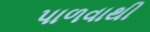
પાળવાથી